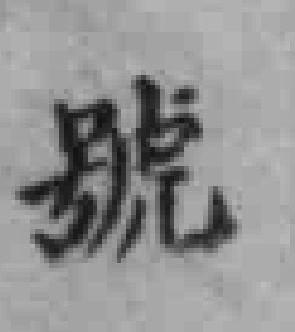
號